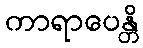
ကာရာပေန္တိ